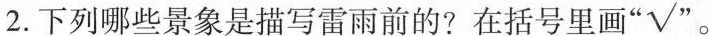
2.下列哪些景象是描写雷雨前的?在括号里画“√”。